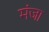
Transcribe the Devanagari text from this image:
मंजा